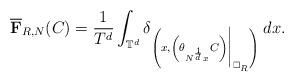
LaTeX: \begin{align*} \overline{\mathbf{F}}_{R, N}(C) = \frac{1}{T^{d}} \int_{\mathbb{T}^{d}} \delta_{\left( x, \left(\theta_{N^{\frac{1}{d}} x} C \right) \bigg|_{\square_{R}} \right)}\, dx.\end{align*}